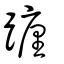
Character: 躔